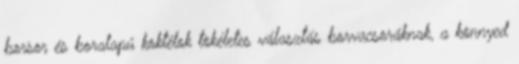
borsor és boralapú koktélok tökéletes választás borvacsoráknak, a könnyed